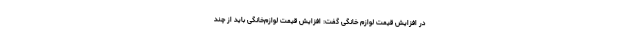
در افزایش قیمت لوازم خانگی گفت: افزایش قیمت لوازم‌خانگی باید از چند